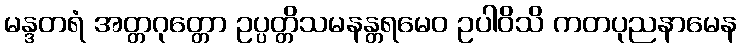
မန္ဒတရံ အတ္တဂုတ္တော ဥပ္ပတ္တိသမနန္တရမေဝ ဥပါဝိသိ ကတပုညနာမေန